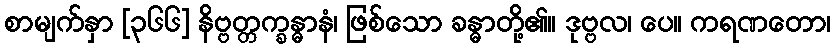
စာမျက်နှာ [၃၆၆] နိဗ္ဗတ္တက္ခန္ဓာနံ၊ ဖြစ်သော ခန္ဓာတို့၏။ ဒုဗ္ဗလ၊ ပေ။ ကရဏတော၊